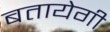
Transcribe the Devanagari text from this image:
बतायेगी